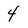
Character: 4